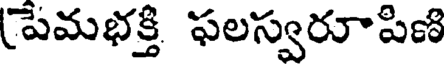
పేమభక్తి ఫలస్వరూపిణి